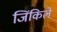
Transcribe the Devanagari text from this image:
जिंकिले